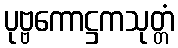
ပုဗ္ဗကောဋ္ဌကသုတ္တံ